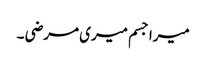
میرا جسم میری مرضی ۔